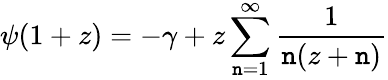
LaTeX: \psi(1+z)=-\gamma+z\sum_{\mathtt{n}=1}^{\infty}\frac{{1}}{{\mathtt{n}(z+\mathtt{n})}}